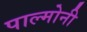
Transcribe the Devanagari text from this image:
पाल्मोनी